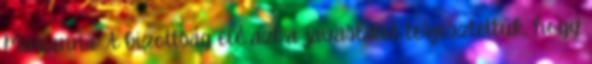
Marianna: A bizottság elé azt a javaslatot terjesztettük, hogy